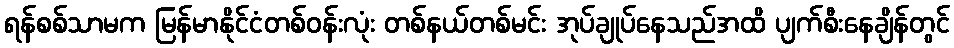
ရန်စစ်သာမက မြန်မာနိုင်ငံတစ်ဝန်းလုံး တစ်နယ်တစ်မင်း အုပ်ချုပ်နေသည်အထိ ပျက်စီးနေချိန်တွင်